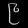
Digit: ၉